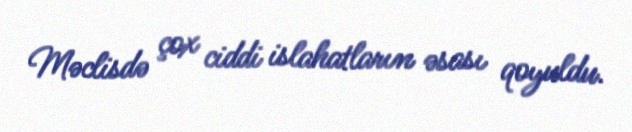
Məclisdə çox ciddi islahatların əsası qoyuldu.